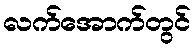
လက်အောက်တွင်